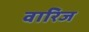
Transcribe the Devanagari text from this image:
वारिज